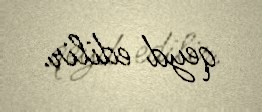
qeyd edilir.